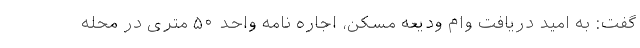
گفت: به امید دریافت وام ودیعه مسکن، اجاره نامه واحد ۵۰ متری در محله